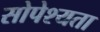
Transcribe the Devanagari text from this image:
सोपेश्यता